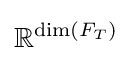
\mathbb {R} ^{\dim(F_{T})}